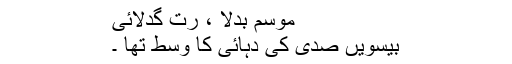
موسم بدلا ، رُت گدلائی
بیسویں صدی کی دہائی کا وسط تھا ۔